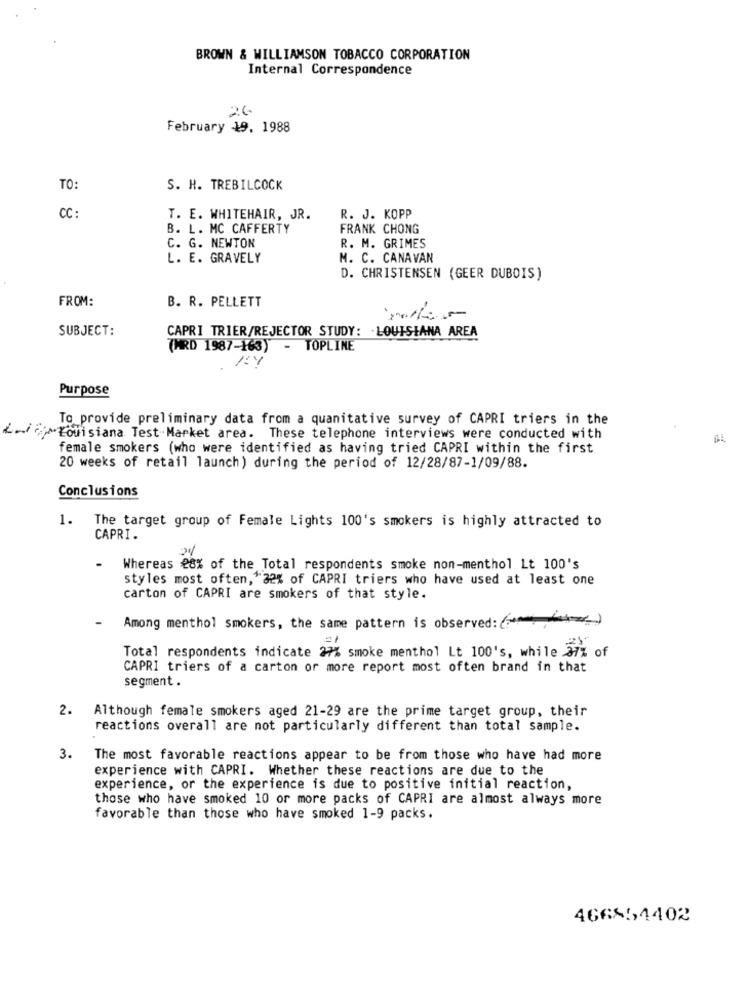
BROWN & WILLIAMSON TOBACCO CORPORATION
Internal Correspondence
26
February 19. 1988
TO:
S. H. TREBILCOCK
CC :
T. E. WHITEHAIR, JR.
R. J. KOPP
B. L. MC CAFFERTY
FRANK CHONG
R. M. GRIMES
C. G. NEWTON
L. E. GRAVELY
M. C. CANAVAN
D. CHRISTENSEN (GEER DUBOIS)
FROM:
B. R. PELLETT
SUBJECT:
CAPRI TRIER/REJECTOR STUDY: LOUISIANA AREA
(MRD 1987-163) - TOPLINE
Purpose
To provide preliminary data from a quanitative survey of CAPRI triers in the
¿.. / >Louisiana Test Market area. These telephone interviews were conducted with
female smokers (who were identified as having tried CAPRI within the first
20 weeks of retail launch) during the period of 12/28/87-1/09/88.
Conclusions
1. The target group of Female Lights 100's smokers is highly attracted to
CAPRI.
Whereas 28% of the Total respondents smoke non-menthol Lt 100's
styles most often, * 32% of CAPRI triers who have used at least one
carton of CAPRI are smokers of that style.
Among menthol smokers, the same pattern is observed: ()
=1
Total respondents indicate 27% smoke menthol Lt 100's, while 27% of
CAPRI triers of a carton or more report most often brand in that
segment .
2.
Although female smokers aged 21-29 are the prime target group, their
reactions overall are not particularly different than total sample.
3.
The most favorable reactions appear to be from those who have had more
experience with CAPRI. Whether these reactions are due to the
experience, or the experience is due to positive initial reaction,
those who have smoked 10 or more packs of CAPRI are almost always more
favorable than those who have smoked 1-9 packs.
46681,4402